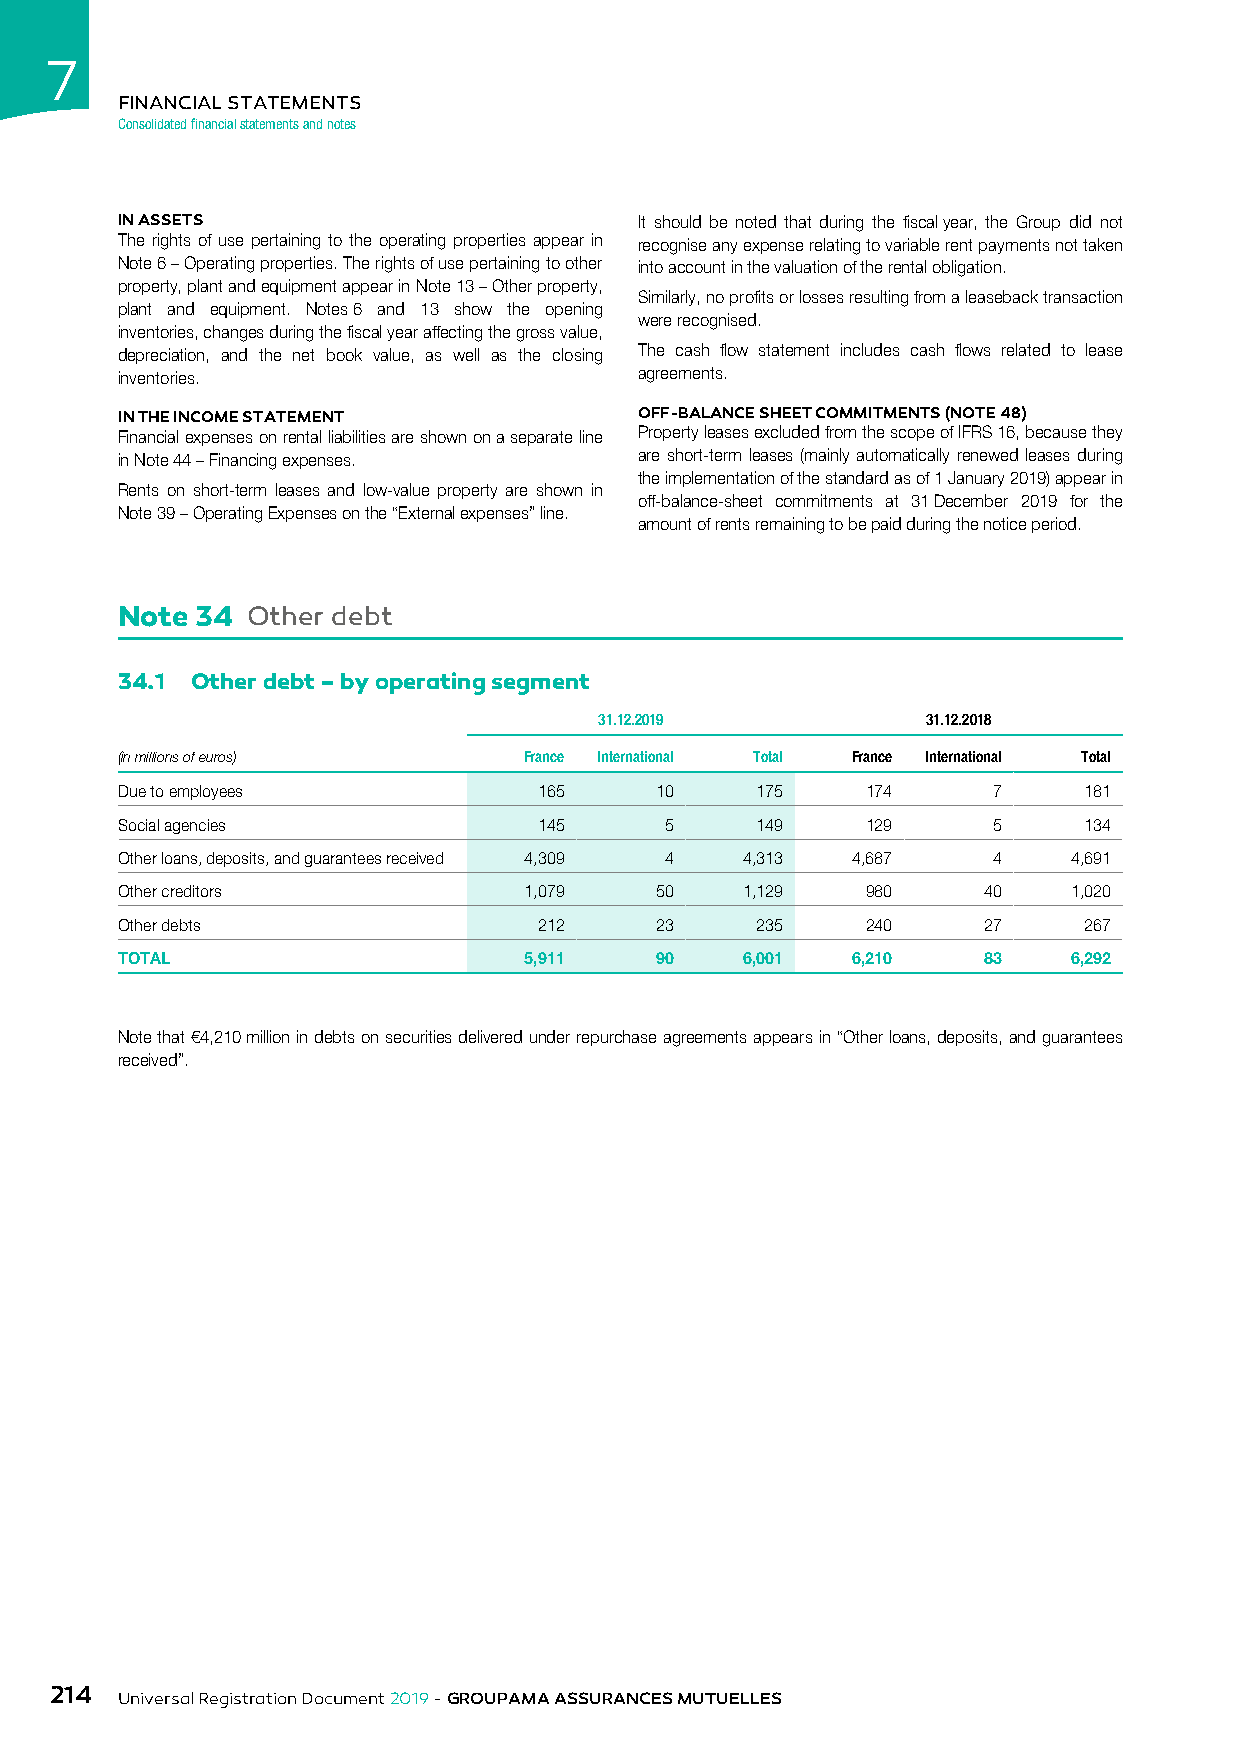
7
 FINANCIAL STATEMENTS
 Consolidated financial statements and notes
 IN ASSETS                         It should be noted that during the fiscal year, the Group did not
 The rights of use pertaining to the operating properties appear in recognise any expense relating to variable rent payments not taken
 Note 6 – Operating properties. The rights of use pertaining to other into account in the valuation of the rental obligation.
 property, plant and equipment appear in Note 13 – Other property,
 Similarly, no profits or losses resulting from a leaseback transaction
 plant and equipment. Notes 6 and 13 show the opening
 were recognised.
 inventories, changes during the fiscal year affecting the gross value,
 depreciation, and the net book value, as well as the closing The cash flow statement includes cash flows related to lease
 inventories.                      agreements.
 IN THE INCOME STATEMENT           OFF-BALANCE SHEET COMMITMENTS (NOTE 48)
 Financial expenses on rental liabilities are shown on a separate line Property leases excluded from the scope of IFRS 16, because they
 in Note 44 – Financing expenses.  are short-term leases (mainly automatically renewed leases during
 the implementation of the standard as of 1 January 2019) appear in
 Rents on short-term leases and low-value property are shown in
 off-balance-sheet commitments at 31 December 2019 for the
 Note 39 – Operating Expenses on the “External expenses” line.
 amount of rents remaining to be paid during the notice period.
 Note 34 Other debt
 34.1 Other debt – by operating segment
 31.12.2019           31.12.2018
 (in millions of euros)     France International Total France International Total
 Due to employees            165    10     175    174      7     181
 Social agencies             145     5     149    129      5     134
 Other loans, deposits, and guarantees received 4,309 4 4,313 4,687 4 4,691
 Other creditors            1,079   50    1,129   980     40    1,020
 Other debts                 212    23     235    240     27     267
 TOTAL                      5,911   90    6,001  6,210    83    6,292
 Note that €4,210 million in debts on securities delivered under repurchase agreements appears in “Other loans, deposits, and guarantees
 received”.
 214
 Universal Registration Document 2019 - GROUPAMA ASSURANCES MUTUELLES